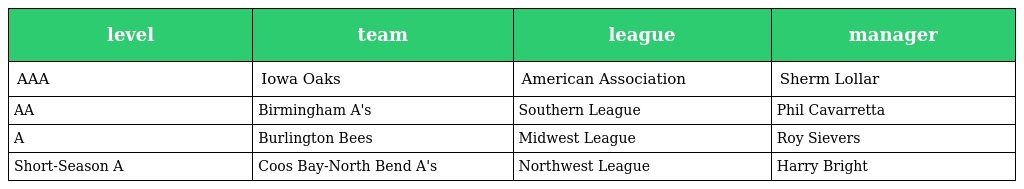
| level | team | league | manager |
 | --- | --- | --- | --- |
 | AAA | Iowa Oaks | American Association | Sherm Lollar |
 | AA | Birmingham A's | Southern League | Phil Cavarretta |
 | A | Burlington Bees | Midwest League | Roy Sievers |
 | Short-Season A | Coos Bay-North Bend A's | Northwest League | Harry Bright |